Vaccination in Burma 1920-1933 - 1920-1933
Year: 1920
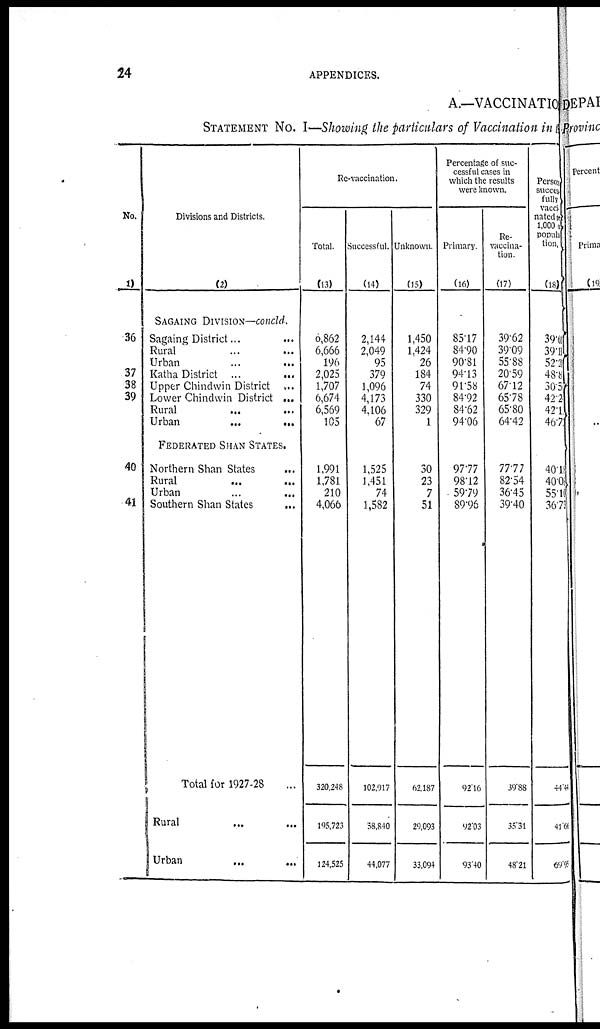
24
APPENDICES.
A.—VACCINATION
STATEMENT No. I—Showing the particulars of Vaccination in
No.
(1)
36
37
38
39
40
41
Divisions and Districts.
(2)
SAGAING DIVISION—concld.
Sagaing District... ...
Rural ... ...
Urban ... ...
Katha District ...
...
Upper Chindwin District ...
Lower Chindwin District ...
Rural ... ...
Urban
...
...
FEDERATED SHAN STATES.
Northern Shan States ...
Rural ... ...
Urban ... ...
Southern Shan States
...
Total for 1927-28 ...
Rural ...
Urban
...
...
Re-vaccination.
Total.
(13)
6,862
6,666
196
2,025
1,707
6,674
6,569
105
1,991
1,781
210
4,066
320,248
195,723
124,525
Successful.
(14)
2,144
2,049
95
379
1,096
4,173
4,106
67
1,525
1,451
74
1,582
102,917
58,840
44,077
Unknown.
(15)
1,450
1,424
26
184
74
330
329
1
30
23
7
51
62,187
29,093
33,094
Percentage of suc-
cessful cases in
which the results
were known.
Primary
(16)
85.17
84.90
90.81
94.13
91.58
84.92
84.62
94.06
97.77
98.12
59.79
89.96
92.16
92.03
93.40
Re-
vaccina-
tion.
(17)
39.62
39.09
55.88
20.59
67.12
65.78
65.80
64.42
77.77
82.54
36.45
39.40
39.88
35.31
48.21
Persons
success¬
fully
vacci¬
nated per
1,000 of
popula¬
tion.
(18)
39.61
39.11
52.21
48.8
30.6
42.2
42.1
46.7
40.18
40.08
55.10
36.73
44.44
41.66
69.95